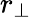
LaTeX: r_{\perp}